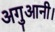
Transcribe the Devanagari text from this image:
अगुआनी।